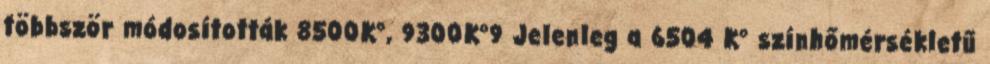
többször módosították 8500K°, 9300K°9 Jelenleg a 6504 K° színhőmérsékletű